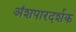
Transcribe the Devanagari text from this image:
अंशपारदर्शक